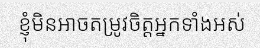
ខ្ញុំមិនអាចតម្រូវចិត្តអ្នកទាំងអស់